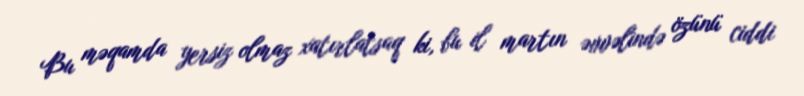
Bu məqamda yersiz olmaz xatırlatsaq ki, bu il martın əvvəlində özünü ciddi